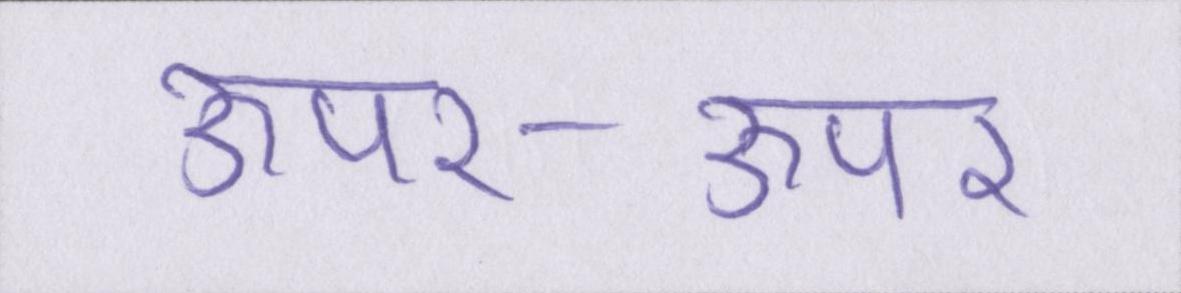
ऊपर-ऊपर